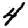
Digit: 4